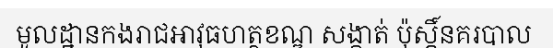
មូលដ្ឋានកងរាជអាវុធហត្ថខណ្ឌ សង្កាត់ ប៉ុស្តិ៍នគរបាល